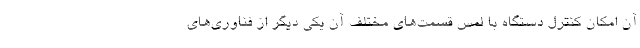
آن امکان کنترل دستگاه با لمس قسمت‌های مختلف آن یکی دیگر از فناوری‌های